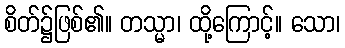
စိတ်၌ဖြစ်၏။ တသ္မာ၊ ထို့ကြောင့်။ သော၊